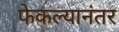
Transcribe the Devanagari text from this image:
फेकल्यानंतर